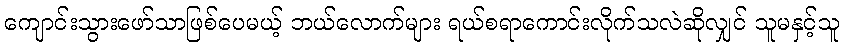
ကျောင်းသွားဖော်သာဖြစ်ပေမယ့် ဘယ်လောက်များ ရယ်စရာကောင်းလိုက်သလဲဆိုလျှင် သူမနှင့်သူ